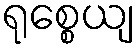
ရုစ္စေယျ